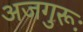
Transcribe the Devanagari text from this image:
अजगुरूः